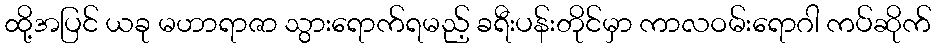
ထို့အပြင် ယခု မဟာရာဇာ သွားရောက်ရမည့် ခရီးပန်းတိုင်မှာ ကာလဝမ်းရောဂါ ကပ်ဆိုက်